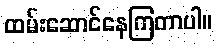
ထမ်းဆောင်နေကြတာပါ။